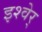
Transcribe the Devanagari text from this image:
इश्वेर्